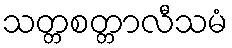
သတ္တစတ္တာလီသမံ